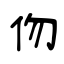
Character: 伆